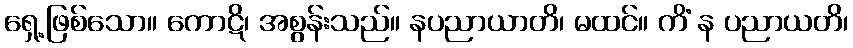
ရှေ့ဖြစ်သော။ ကောဋိ၊ အစွန်းသည်။ နပညာယာတိ၊ မထင်။ ကိံ န ပညာယတိ၊